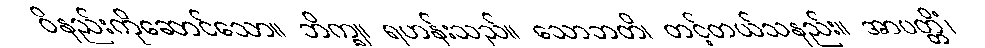
ဝိနည်းကိုဆောင်သော။ ဘိက္ခု၊ ရဟန်းသည်။ သောဘတိ၊ တင့်တယ်သနည်း။ အာပတ္တိံ၊